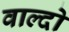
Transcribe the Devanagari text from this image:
वाल्दो